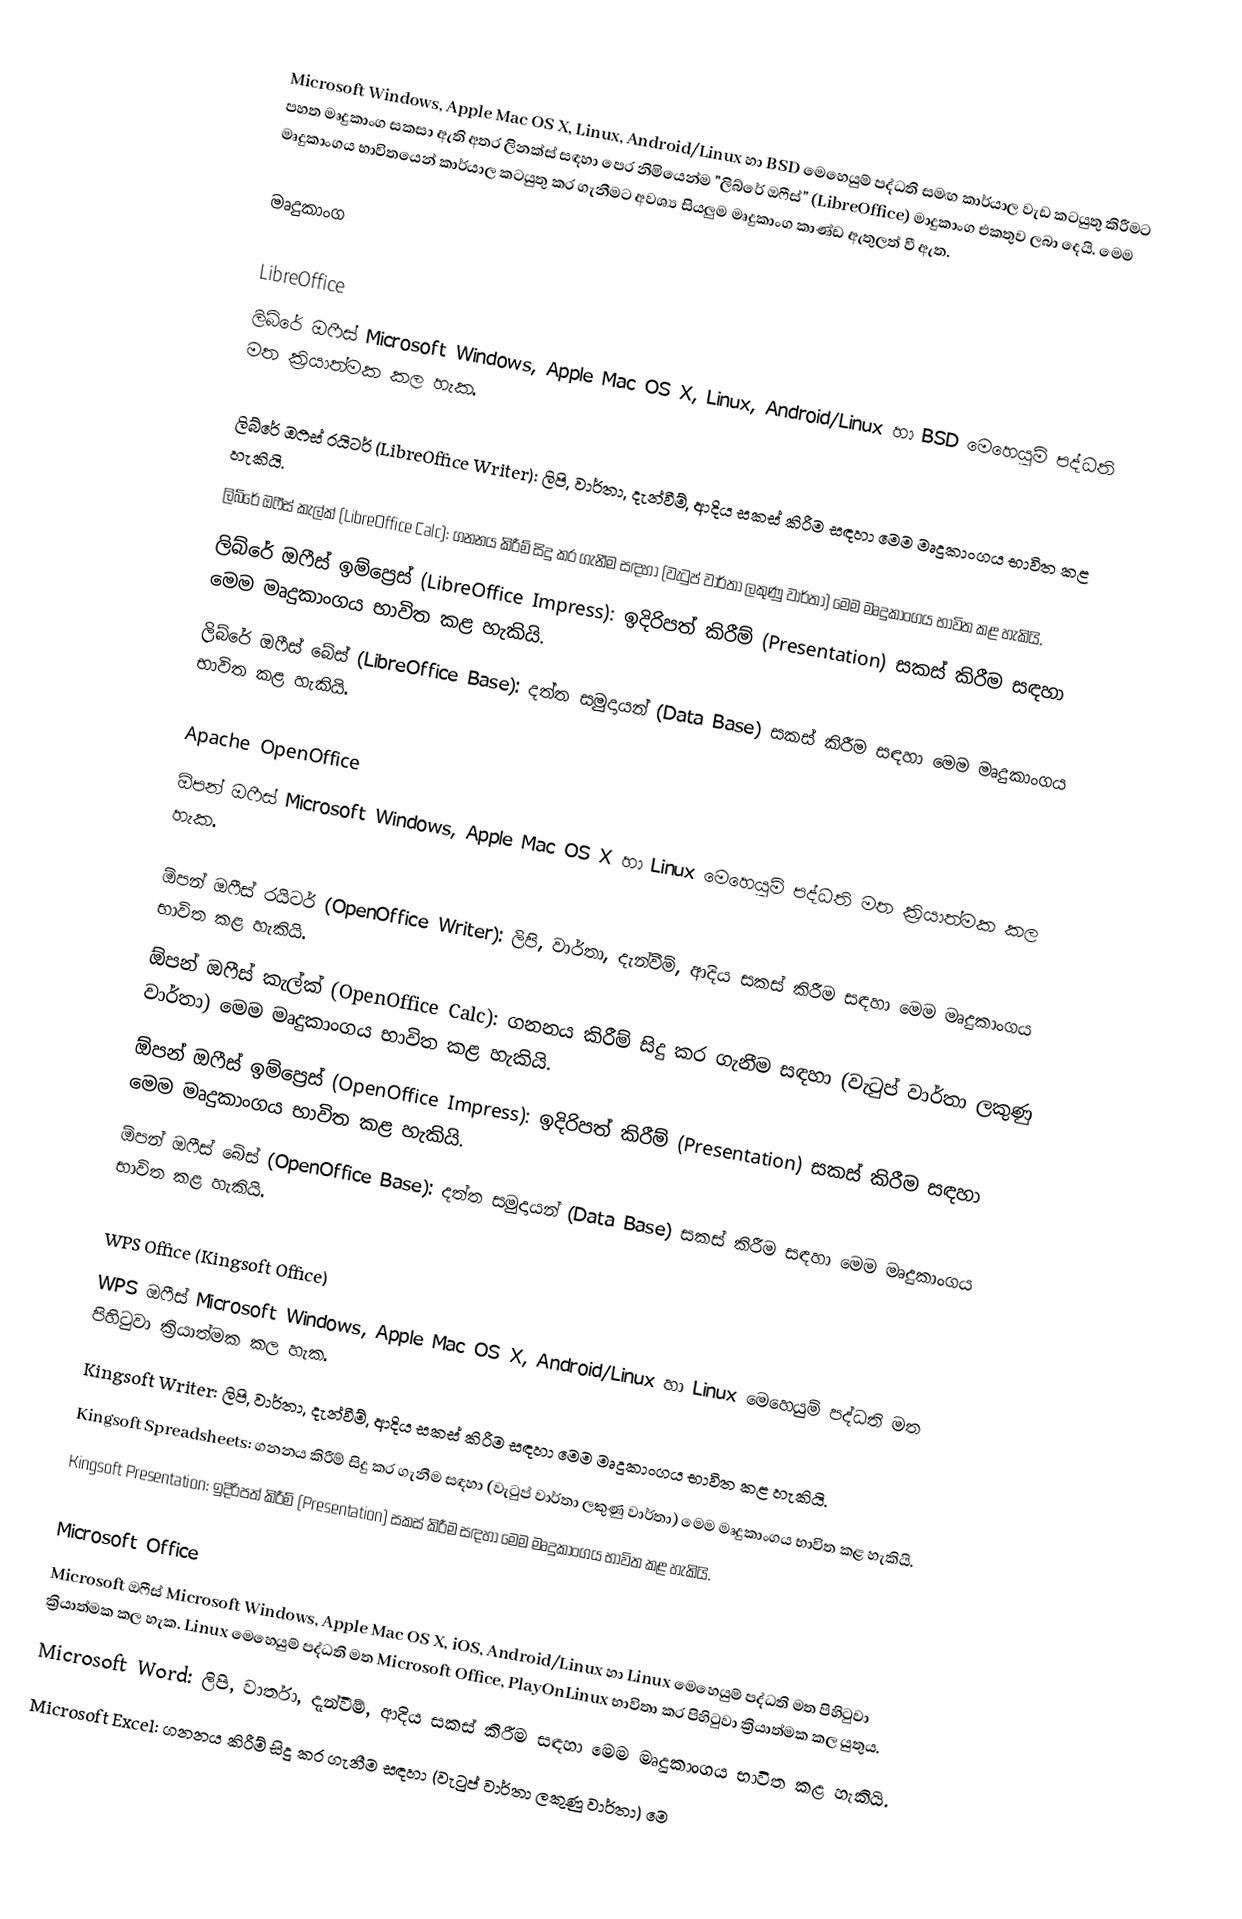
Microsoft Windows, Apple Mac OS X, Linux, Android/Linux හා BSD මෙහෙයුම් පද්ධති සමඟ කාර්යාල වැඩ කටයුතු කිරීමට පහත මෘදුකාංග සකසා ඇති අතර ලිනක්ස් සඳහා පෙර නිමියෙන්ම "ලිබ්රේ ඔෆීස්" (LibreOffice) මාදුකාංග එකතුව ලබා දෙයි. මෙම මෘදුකාංගය භාවිතයෙන් කාර්යාල කටයුතු කර ගැනීමට අවශ්‍ය සියලුම මෘදුකාංග කාණ්ඩ ඇතුලත් වී ඇත.

මෘදුකාංග

LibreOffice
ලිබ්රේ ඔෆීස් Microsoft Windows, Apple Mac OS X, Linux, Android/Linux හා BSD මෙහෙයුම් පද්ධති මත  ක්‍රියාත්මක කල හැක.

 ලිබ්රේ ඔෆීස් රයිටර් (LibreOffice Writer): ලිපි, වාර්තා, දැන්වීම්, ආදිය සකස් කිරීම සඳහා මෙම මෘදුකාංගය භාවිත කළ හැකියි.
 ලිබ්රේ ඔෆීස් කැල්ක් (LibreOffice Calc): ගනනය කිරීම් සිදු කර ගැනීම සඳහා (වැටුප් වාර්තා ලකුණු වාර්තා) මෙම මෘදුකාංගය භාවිත කළ හැකියි.
 ලිබ්රේ ඔෆීස් ඉම්ප්‍රෙස් (LibreOffice Impress): ඉදිරිපත් කිරීම් (Presentation) සකස් කිරීම සඳහා මෙම මෘදුකාංගය භාවිත කළ හැකියි.
 ලිබ්රේ ඔෆීස් බේස් (LibreOffice Base): දත්ත සමුදායන් (Data Base) සකස් කිරීම සඳහා මෙම මෘදුකාංගය භාවිත කළ හැකියි.

Apache OpenOffice
ඕපන් ඔෆීස් Microsoft Windows, Apple Mac OS X හා Linux මෙහෙයුම් පද්ධති මත  ක්‍රියාත්මක කල හැක.

 ඕපන් ඔෆීස් රයිටර් (OpenOffice Writer): ලිපි, වාර්තා, දැන්වීම්, ආදිය සකස් කිරීම සඳහා මෙම මෘදුකාංගය භාවිත කළ හැකියි.
 ඕපන් ඔෆීස් කැල්ක් (OpenOffice Calc): ගනනය කිරීම් සිදු කර ගැනීම සඳහා (වැටුප් වාර්තා ලකුණු වාර්තා) මෙම මෘදුකාංගය භාවිත කළ හැකියි.
 ඕපන් ඔෆීස් ඉම්ප්‍රෙස් (OpenOffice Impress): ඉදිරිපත් කිරීම් (Presentation) සකස් කිරීම සඳහා මෙම මෘදුකාංගය භාවිත කළ හැකියි.
 ඕපන් ඔෆීස් බේස් (OpenOffice Base): දත්ත සමුදායන් (Data Base) සකස් කිරීම සඳහා මෙම මෘදුකාංගය භාවිත කළ හැකියි.

WPS Office (Kingsoft Office)
WPS ඔෆීස් Microsoft Windows, Apple Mac OS X, Android/Linux හා Linux මෙහෙයුම් පද්ධති මත පිහිටුවා ක්‍රියාත්මක කල හැක.
 Kingsoft Writer: ලිපි, වාර්තා, දැන්වීම්, ආදිය සකස් කිරීම සඳහා මෙම මෘදුකාංගය භාවිත කළ හැකියි.
 Kingsoft Spreadsheets: ගනනය කිරීම් සිදු කර ගැනීම සඳහා (වැටුප් වාර්තා ලකුණු වාර්තා) මෙම මෘදුකාංගය භාවිත කළ හැකියි.
 Kingsoft Presentation: ඉදිරිපත් කිරීම් (Presentation) සකස් කිරීම සඳහා මෙම මෘදුකාංගය භාවිත කළ හැකියි.

Microsoft Office
Microsoft ඔෆීස් Microsoft Windows, Apple Mac OS X,  iOS, Android/Linux හා Linux මෙහෙයුම් පද්ධති මත පිහිටුවා ක්‍රියාත්මක කල හැක. Linux මෙහෙයුම් පද්ධති මත Microsoft Office, PlayOnLinux භාවිතා කර පිහිටුවා ක්‍රියාත්මක කල යුතුය.
 Microsoft Word: ලිපි, වාර්තා, දැන්වීම්, ආදිය සකස් කිරීම සඳහා මෙම මෘදුකාංගය භාවිත කළ හැකියි.
 Microsoft Excel: ගනනය කිරීම් සිදු කර ගැනීම සඳහා (වැටුප් වාර්තා ලකුණු වාර්තා) මෙ